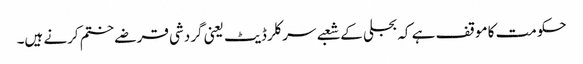
حکومت کا موقف ہے کہ بجلی کے شعبے سرکلر ڈیٹ یعنی گردشی قرضے ختم کرنے ہیں۔